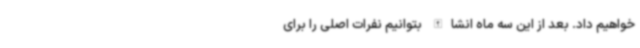
خواهیم داد. بعد از این سه ماه انشاالله بتوانیم نفرات اصلی را برای